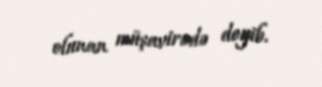
olunan müşavirədə deyib.